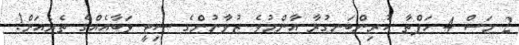
2 މަސް 4 ހަފްތާ ކުރިންބަނގުރާ އާންމުވެ ޒުވާނުންގެ ސިޓީ ވަބާއެއްގެ ތެރެއަށް!